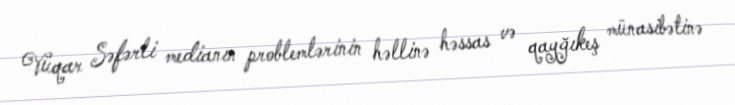
Vüqar Səfərli medianın problemlərinin həllinə həssas və qayğıkeş münasibətinə